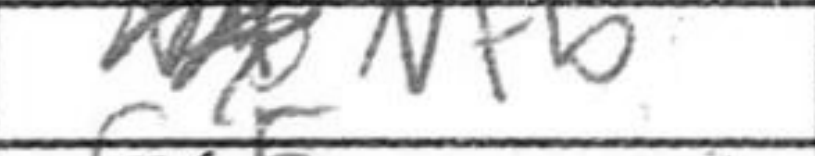
Transcription: Nf5